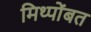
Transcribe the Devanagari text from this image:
मिथ्पोंबत